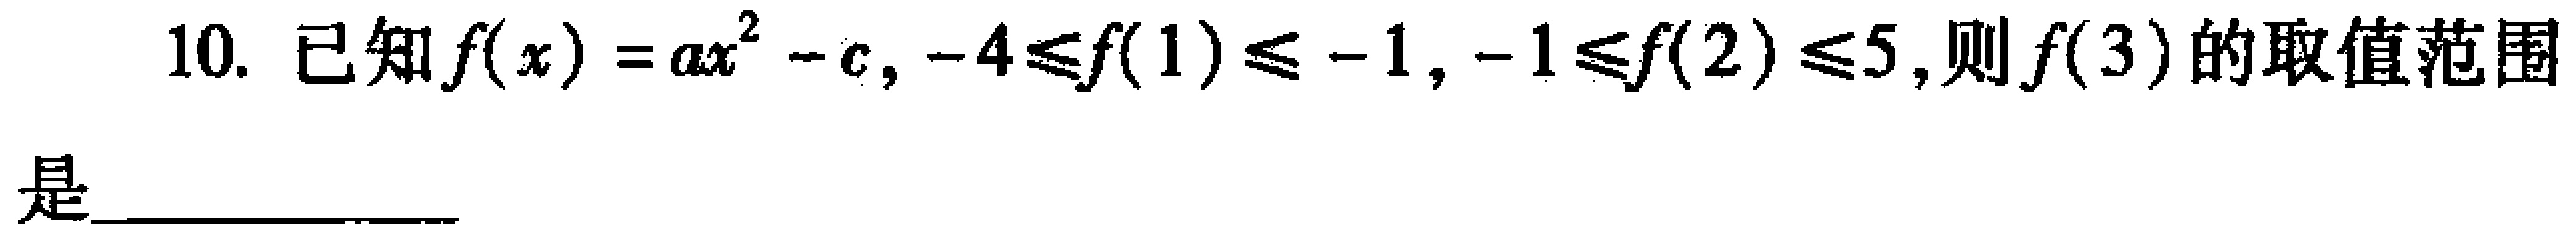
10. 已知\(f(x)=ax^{2}-c\)，\(-4\leq f(1)\leq -1\)，\(-1\leq f(2)\leq 5\)，则\(f(3)\)的取值范围是 __________________